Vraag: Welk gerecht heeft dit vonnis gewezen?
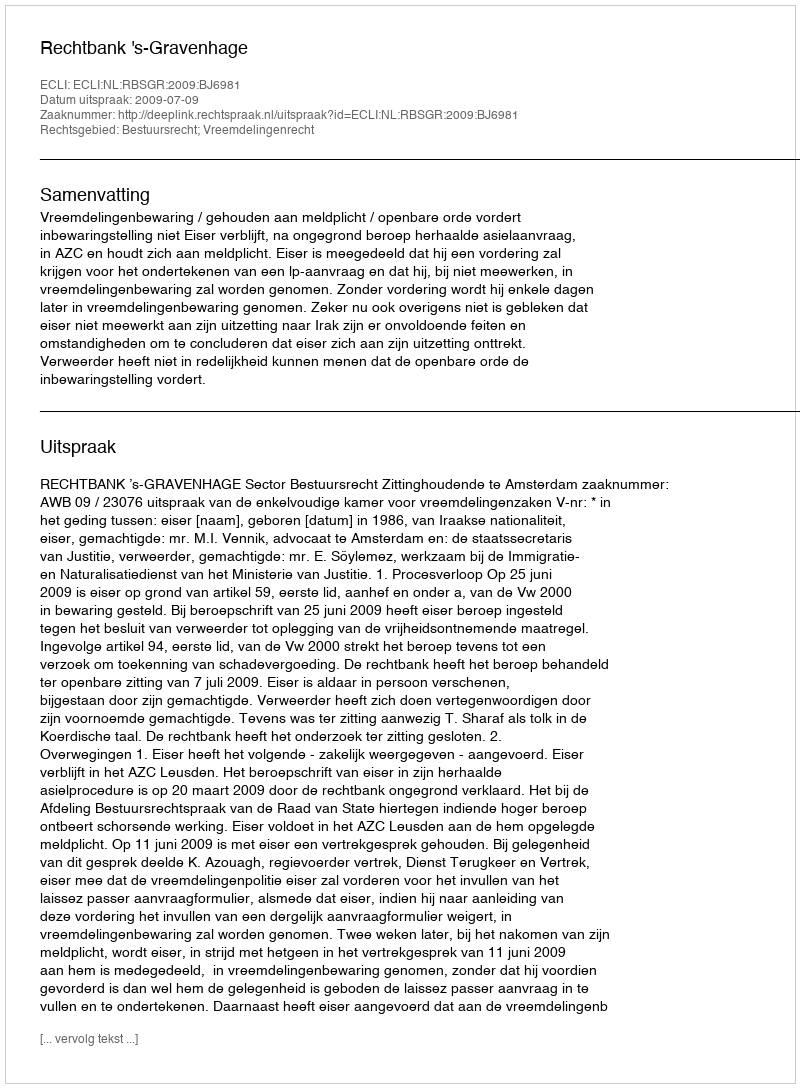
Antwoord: Rechtbank 's-Gravenhage